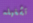
تشغيله